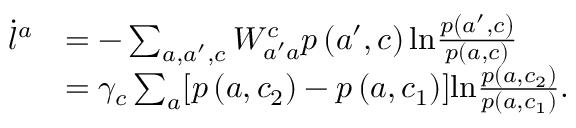
\begin{array} { r l } { \dot { l } ^ { a } } & { = - \sum _ { a , a ^ { \prime } , c } W _ { a ^ { \prime } a } ^ { c } p \left( a ^ { \prime } , c \right) \mathrm { l n } \frac { p \left( a ^ { \prime } , c \right) } { p \left( a , c \right) } } \\ & { = \gamma _ { c } \sum _ { a } [ p \left( a , c _ { 2 } \right) - p \left( a , c _ { 1 } \right) ] \mathrm { l n } \frac { p \left( a , c _ { 2 } \right) } { p \left( a , c _ { 1 } \right) } . } \end{array}